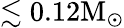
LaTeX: \lesssim 0.12\mathrm{M_{\odot}}